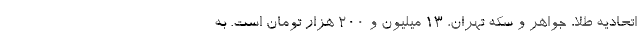
اتحادیه طلا، جواهر و سکه تهران، ۱۳ میلیون و ۲۰۰ هزار تومان است. به